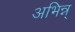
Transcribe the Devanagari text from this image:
अभिन्न्